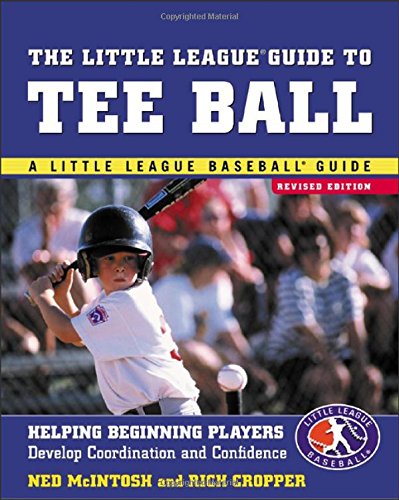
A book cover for The Little League Guide to Tee Ball : Helping Beginning Players Develop Coordination and Confidence; Ned McIntosh; Sports & Outdoors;